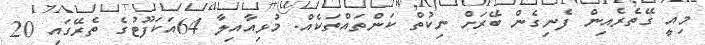
މިއީ ގޭތެރެއިން ފެނިގެން ބޭރަށް ނިކުތް ކަންތައްތަކެއް. މުޅިއާއިލާ 64އަކަފޫޓުގެ ތެރޭގައި 20